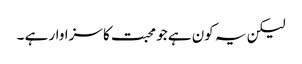
لیکن یہ کون ہے جو محبت کا سزاوار ہے ۔